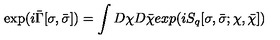
\exp ( i \bar { \Gamma } [ \sigma , \bar { \sigma } ] ) = \int D \chi D \bar { \chi } e x p ( i S _ { q } [ \sigma , \bar { \sigma } ; \chi , \bar { \chi } ] )